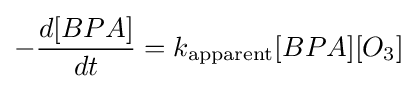
-{d[BPA] \over dt}=k_{\text{apparent}}[BPA][O_{3}]